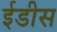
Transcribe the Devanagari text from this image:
ईडीस